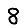
Digit: 8